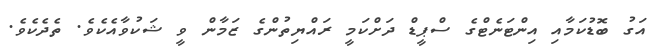
އަގު ބޮޑުކަމާއި އިންޓަނެޓްގެ ސްޕީޑް ދަށްކަމީ ރައްޔިތުންގެ ޒަމާން ވީ ޝަކުވާއެކެވެ. ތެދެކެވެ.